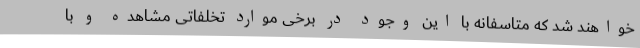
خواهند شد که متاسفانه با این وجود در برخی موارد تخلفاتی مشاهده و با